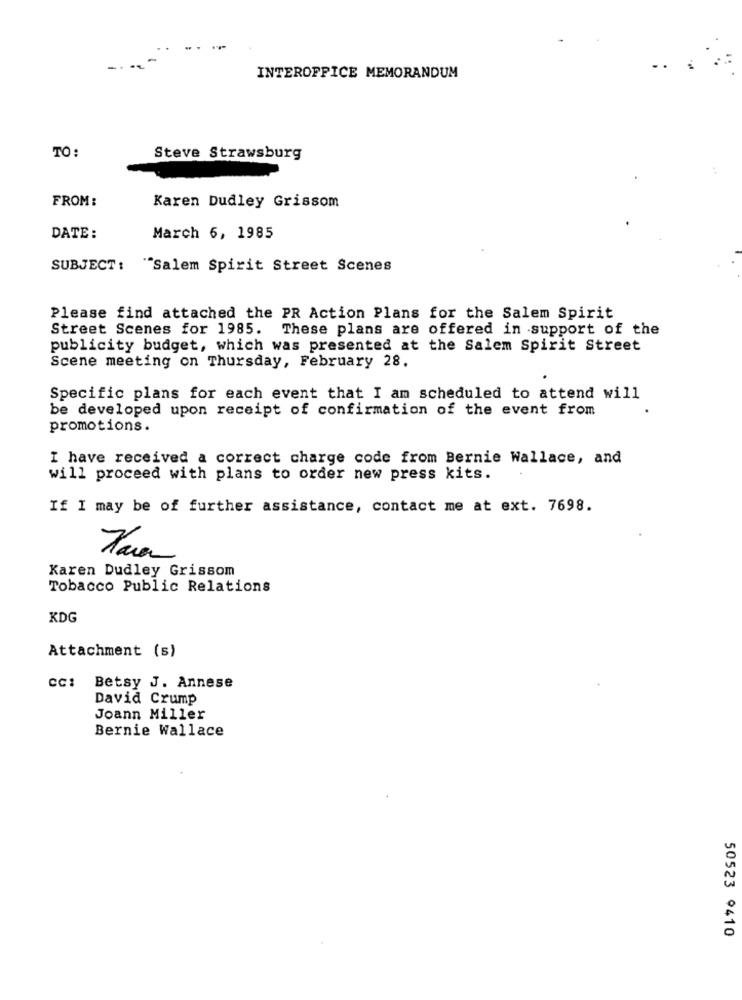
INTEROFFICE MEMORANDUM
TO:
Steve Strawsburg
FROM:
Karen Dudley Grissom
DATE :
March 6, 1985
SUBJECT: "Salem Spirit Street Scenes
Please find attached the PR Action Plans for the Salem Spirit
Street Scenes for 1985. These plans are offered in support of the
publicity budget, which was presented at the Salem Spirit Street
Scene meeting on Thursday, February 28.
Specific plans for each event that I am scheduled to attend will
be developed upon receipt of confirmation of the event from
promotions.
I have received a correct charge code from Bernie Wallace, and
will proceed with plans to order new press kits.
If I may be of further assistance, contact me at ext. 7698.
Karen Dudley Grissom
Tobacco Public Relations
KDG
Attachment (s)
cc: Betsy J. Annese
David Crump
Joann Miller
Bernie Wallace
50523 9410